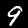
Label: 9